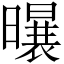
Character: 𪱆